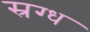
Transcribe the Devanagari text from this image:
स्रग्ध